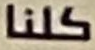
كلنا